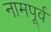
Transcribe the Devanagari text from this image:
नामपूर्व